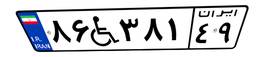
۸۶W۳۸۱۴۹